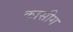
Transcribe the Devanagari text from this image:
कासीग